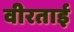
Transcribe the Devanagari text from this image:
वीरताई